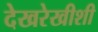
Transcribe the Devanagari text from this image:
देखरेखीशी